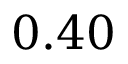
0 . 4 0